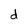
Character: d